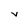
Character: v